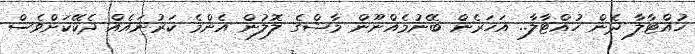
ހުއްޓާލާ ދެން ހުއްޓާލާ.. އަހަރެން ބޭނުމެއްނޫން މާޝްގެ ލޮލުން އެންމެ ކަރުނައެއް ދެކޭކަށްވެސް